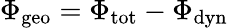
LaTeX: \Phi_{\mathrm{geo}}=\Phi_{\mathrm{tot}}-\Phi_{\mathrm{dyn}}